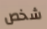
شخص